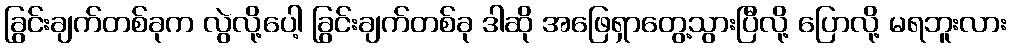
ခြွင်းချက်တစ်ခုက လွဲလို့ပေါ့ ခြွင်းချက်တစ်ခု ဒါဆို အဖြေရှာတွေ့သွားပြီလို့ ပြောလို့ မရဘူးလား